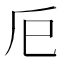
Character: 𢀴